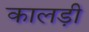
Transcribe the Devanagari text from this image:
कालड़ी